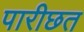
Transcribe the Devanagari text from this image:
पारीछत